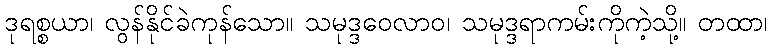
ဒုရစ္စယာ၊ လွန်နိုင်ခဲကုန်သော။ သမုဒ္ဒဝေလာဝ၊ သမုဒ္ဒရာကမ်းကိုကဲ့သို့။ တထာ၊